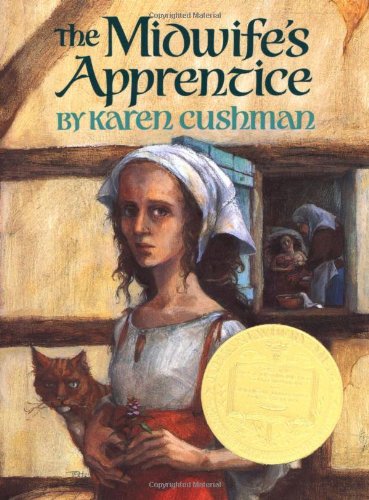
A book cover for The Midwife's Apprentice (Newbery Medal Book); Karen Cushman; Teen & Young Adult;